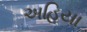
અહિયા